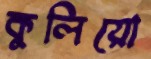
কুলিয়ো